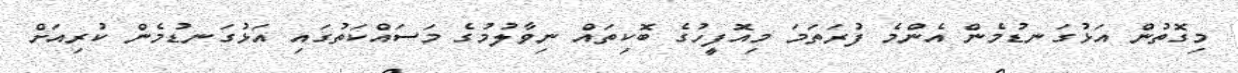
މިގޮތުން އަޅުގަނޑުމެން އެންމެ ފުރަތަމަ މިއޮފީހުގެ ބޮކިތައް ނިވާލުމުގެ މަސައްކަތުގައި އަޅުގަނޑުމެން ކުރިއަށް